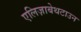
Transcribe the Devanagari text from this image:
एलिज़ाबेथटाउन